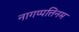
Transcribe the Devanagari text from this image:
नागप्पत्तिनम